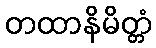
တထာနိမိတ္တံ